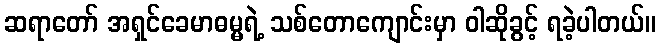
ဆရာတော် အရှင်ခေမာဓမ္မရဲ့ သစ်တောကျောင်းမှာ ဝါဆိုခွင့် ရခဲ့ပါတယ်။